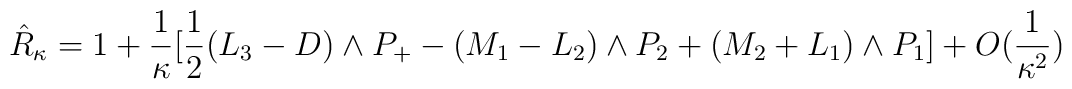
\hat{R}_{\kappa}=1+\frac{1}{\kappa}[\frac{1}{2}(L_{3}-D)\wedgeP_{+}-(M_{1}-L_{2})\wedge P_{2}+(M_{2}+L_{1})\wedgeP_{1}]+O(\frac{1}{\kappa^{2}})